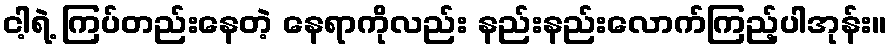
ငါ့ရဲ့ ကြပ်တည်းနေတဲ့ နေရာကိုလည်း နည်းနည်းလောက်ကြည့်ပါအုန်း။